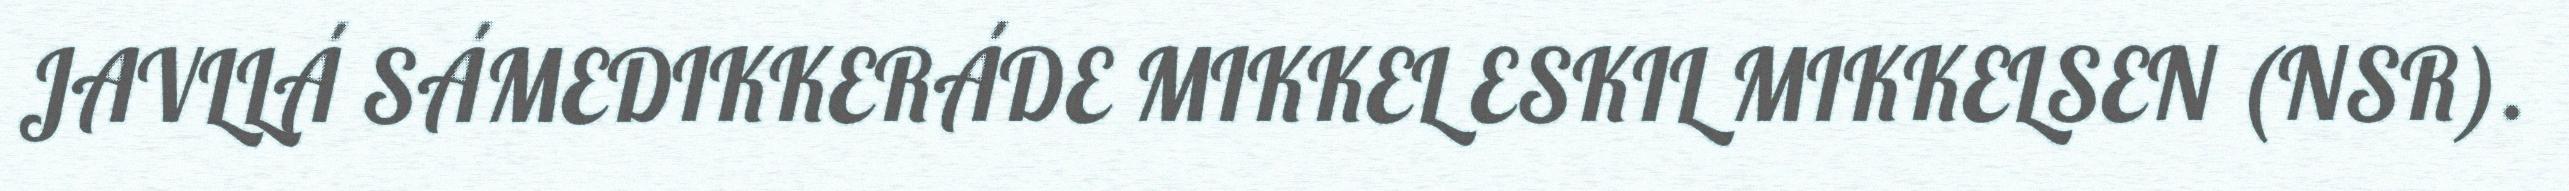
JAVLLÁ SÁMEDIKKERÁDE MIKKEL ESKIL MIKKELSEN (NSR).